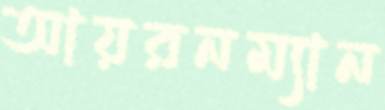
আয়রনম্যান